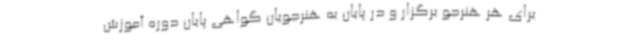
برای هر هنرجو برگزار و در پایان به هنرجویان گواهی پایان دوره آموزش